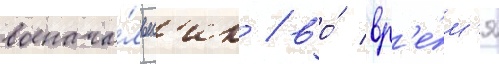
военача́льн'ик / во́ вр'е́м'я